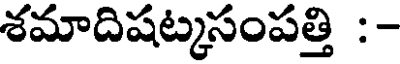
శమాదిషట్కసంపత్తి :-